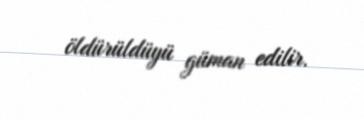
öldürüldüyü güman edilir.